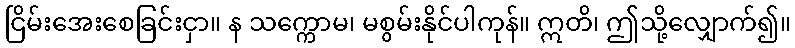
ငြိမ်းအေးစေခြင်းငှာ။ န သက္ကောမ၊ မစွမ်းနိုင်ပါကုန်။ ဣတိ၊ ဤသို့လျှောက်၍။